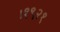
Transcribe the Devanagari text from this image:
।१९२१